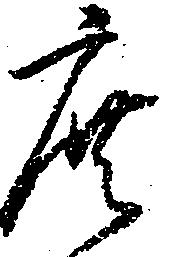
庶